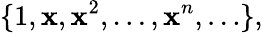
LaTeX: \{ 1,\mathbf{x},\mathbf{x}^{2},\ldots,\mathbf{x}^{n},\ldots\} ,